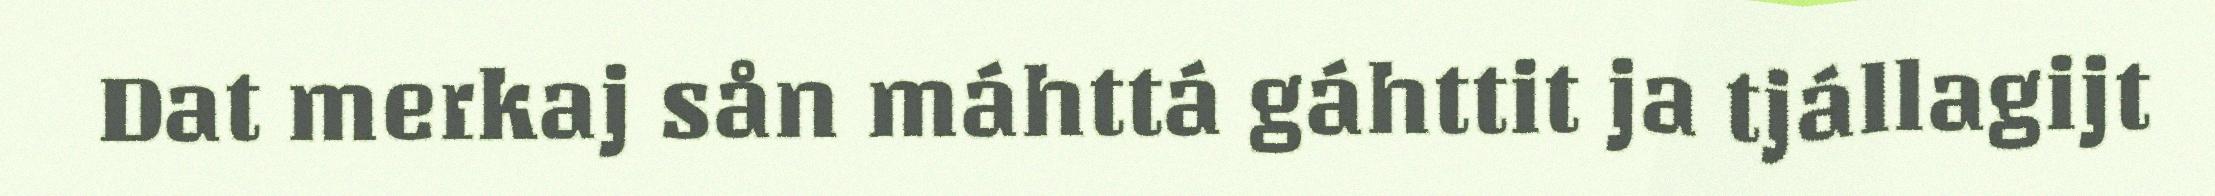
Dat merkaj sån máhttá gáhttit ja tjállagijt